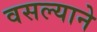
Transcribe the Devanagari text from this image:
वसल्याने